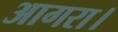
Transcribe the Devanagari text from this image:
आगरा।